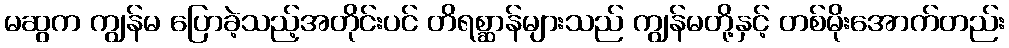
မဆွက ကျွန်မ ပြောခဲ့သည့်အတိုင်းပင် တိရစ္ဆာန်များသည် ကျွန်မတို့နှင့် တစ်မိုးအောက်တည်း